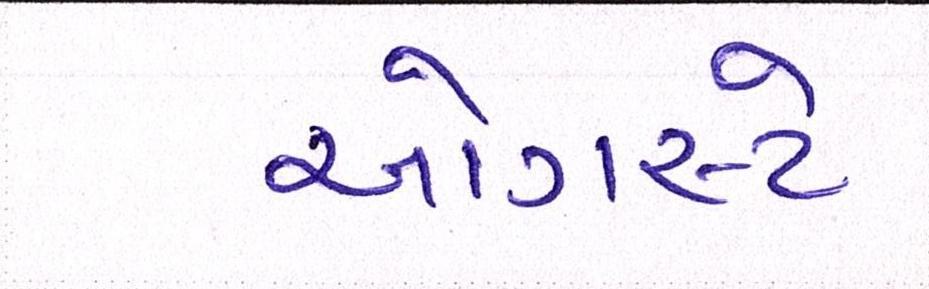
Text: ઓગસ્ટે